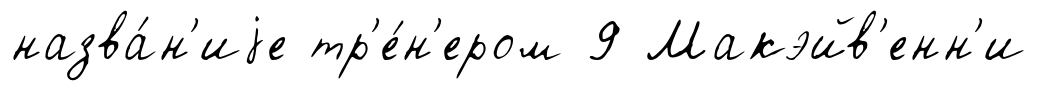
назва́н'иjе тр'е́н'ером 9 Макэйв'енн'и